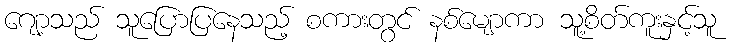
ဂျော့သည် သူပြောပြနေသည့် စကားတွင် နစ်မျောကာ သူ့စိတ်ကူးနှင့်သူ